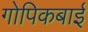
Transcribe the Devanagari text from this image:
गोपिकबाई